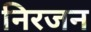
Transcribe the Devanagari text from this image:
निरजन